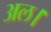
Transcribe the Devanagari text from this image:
अल।